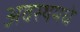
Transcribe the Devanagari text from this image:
अवस्थमधे